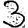
Digit: 3